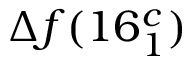
\Delta f ( 1 6 _ { 1 } ^ { c } )